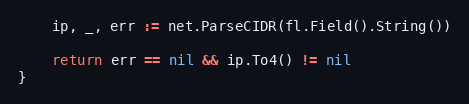
Language: Go
	ip, _, err := net.ParseCIDR(fl.Field().String())

	return err == nil && ip.To4() != nil
}